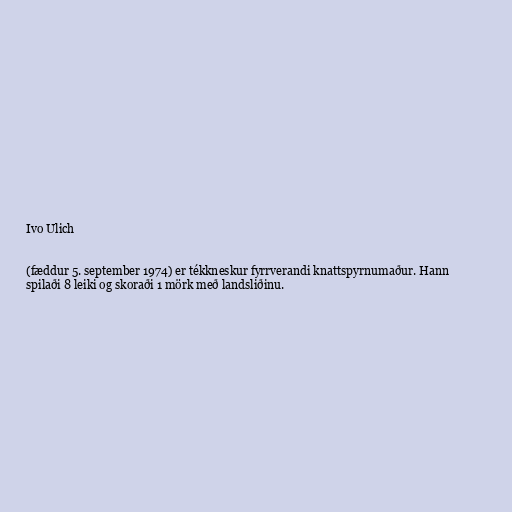
Ivo Ulich

(fæddur 5. september 1974) er tékkneskur fyrrverandi knattspyrnumaður. Hann
spilaði 8 leiki og skoraði 1 mörk með landsliðinu.